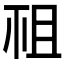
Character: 𥘲